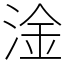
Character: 淦